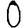
Digit: 0